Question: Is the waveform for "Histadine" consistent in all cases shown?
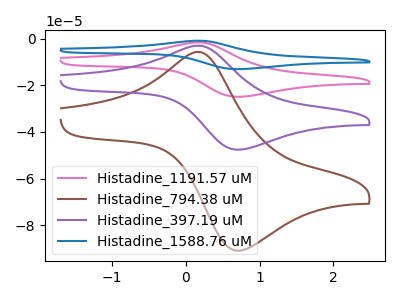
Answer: <think>The pink curve "Histadine_1191.57 uM" has an anodic peak at (0.20V, -5.90uA) and a cathodic peak at (0.70V, -95.15uA). The brown curve "Histadine_794.38 uM" has an anodic peak at (0.20V, -5.65uA) and a cathodic peak at (0.70V, -90.90uA). The purple curve "Histadine_397.19 uM" has an anodic peak at (0.20V, -2.95uA) and a cathodic peak at (0.70V, -47.55uA). The blue curve "Histadine_1588.76 uM" has an anodic peak at (0.20V, -8.85uA) and a cathodic peak at (0.70V, -142.70uA).
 All the peaks in "Histadine_1191.57 uM" have a peak in "Histadine_794.38 uM" at the same potential. All the peaks in "Histadine_1191.57 uM" have a peak in "Histadine_397.19 uM" at the same potential. All the peaks in "Histadine_1191.57 uM" have a peak in "Histadine_1588.76 uM" at the same potential. All the peaks in "Histadine_794.38 uM" have a peak in "Histadine_397.19 uM" at the same potential. All the peaks in "Histadine_794.38 uM" have a peak in "Histadine_1588.76 uM" at the same potential. All the peaks in "Histadine_397.19 uM" have a peak in "Histadine_1588.76 uM" at the same potential.</think>
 <answer>All the CV's of "Histadine" have similar shape.</answer>
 <eval>follow_rule</eval>